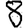
Digit: 8